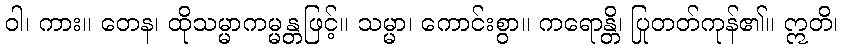
ဝါ၊ ကား။ တေန၊ ထိုသမ္မာကမ္မန္တဖြင့်။ သမ္မာ၊ ကောင်းစွာ။ ကရောန္တိ၊ ပြုတတ်ကုန်၏။ ဣတိ၊